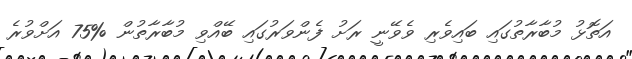
އަތޮޅު މުބާރާތުގައި ބައިވެރި ވެވޭނީ ރަށު ފެންވަރުގައި ބޭއްވި މުބާރާތުން %75 އަށްވުރެ